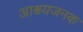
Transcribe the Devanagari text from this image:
आश्र्चयजनक